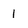
Character: 1